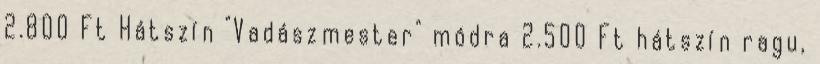
2.800 Ft Hátszín "Vadászmester" módra 2.500 Ft hátszín ragu,